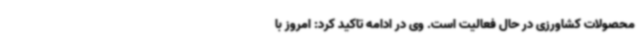
محصولات کشاورزی در حال فعالیت است. وی در ادامه تاکید کرد: امروز با